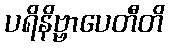
ပရိနိဗ္ဗာပေတီတိ